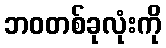
ဘဝတစ်ခုလုံးကို